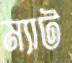
ম্যাট